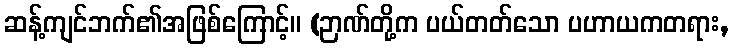
ဆန့်ကျင်ဘက်၏အဖြစ်ကြောင့်။ (ဉာဏ်တို့က ပယ်တတ်သော ပဟာယကတရား,